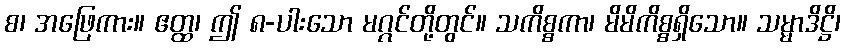
စ၊ အဖြေကား။ ဧတ္ထ၊ ဤ ၈-ပါးသော မဂ္ဂင်တို့တွင်။ သကိစ္စကာ၊ မိမိကိစ္စရှိသော။ သမ္မာဒိဋ္ဌိ၊